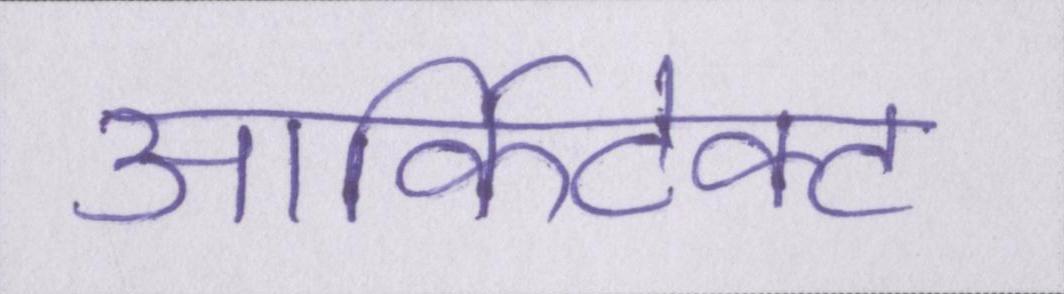
आर्किटेक्ट